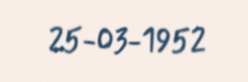
25-03-1952